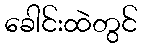
ခေါင်းထဲတွင်